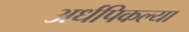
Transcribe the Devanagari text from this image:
अर्धपिकल्या